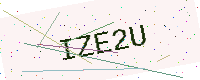
Text: IZE2U